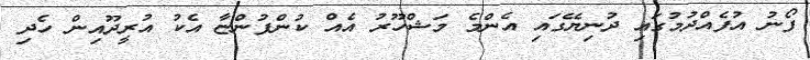
ފޯނު އުފެއްދުމުގައި ދުނިޔޭގައި އެންމެ މަޝްހޫރު އެއް ކުންފުންޏާ އެކު އުރީދޫއިން ހެދި